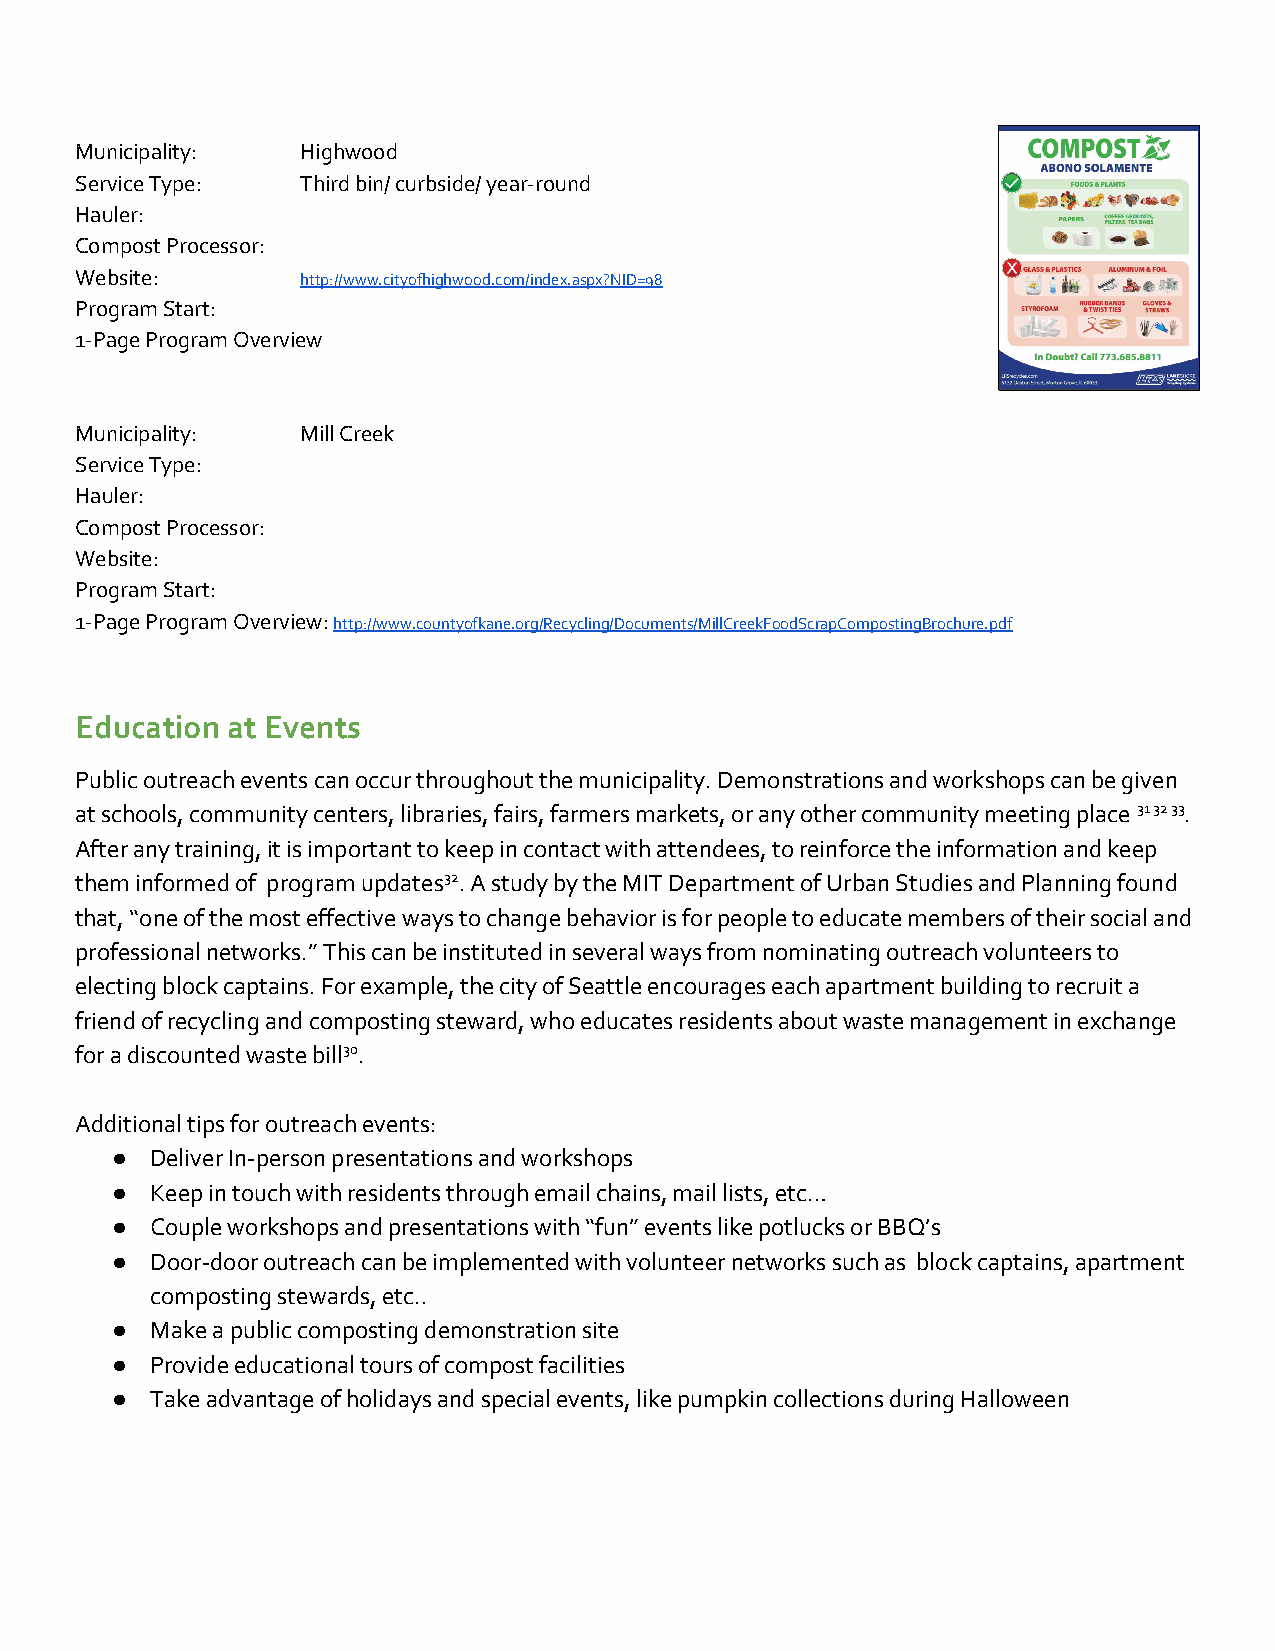
Municipality:  Highwood
 Service Type:  Third bin/ curbside/ year-round
 Hauler:
 Compost Processor:
 Website:       http://www.cityofhighwood.com/index.aspx?NID=98
 Program Start:
 1-Page Program Overview
 Municipality:  Mill Creek
 Service Type:
 Hauler:
 Compost Processor:
 Website:
 Program Start:
 1-Page Program Overview: http://www.countyofkane.org/Recycling/Documents/MillCreekFoodScrapCompostingBrochure.pdf
 ​
 Education at Events
 Public outreach events can occur throughout the municipality. Demonstrations and workshops can be given
 at schools, community centers, libraries, fairs, farmers markets, or any other community meeting place 31 32 33.
 ​
 ​
 After any training, it is important to keep in contact with attendees, to reinforce the information and keep
 them informed of program updates32. A study by the MIT Department of Urban Studies and Planning found
 ​
 ​
 that, “one of the most effective ways to change behavior is for people to educate members of their social and
 professional networks.” This can be instituted in several ways from nominating outreach volunteers to
 electing block captains. For example, the city of Seattle encourages each apartment building to recruit a
 friend of recycling and composting steward, who educates residents about waste management in exchange
 for a discounted waste bill30.
 ​
 ​
 Additional tips for outreach events:
 ●  Deliver In-person presentations and workshops
 ●  Keep in touch with residents through email chains, mail lists, etc…
 ●  Couple workshops and presentations with “fun” events like potlucks or BBQ’s
 ●  Door-door outreach can be implemented with volunteer networks such as block captains, apartment
 composting stewards, etc..
 ●  Make a public composting demonstration site
 ●  Provide educational tours of compost facilities
 ●  Take advantage of holidays and special events, like pumpkin collections during Halloween